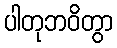
ပါတုဘဝိတွာ